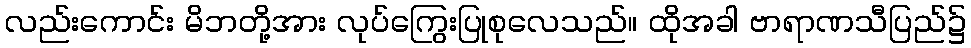
လည်းကောင်း မိဘတို့အား လုပ်ကြွေးပြုစုလေသည်။ ထိုအခါ ဗာရာဏသီပြည်၌